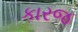
કારજ